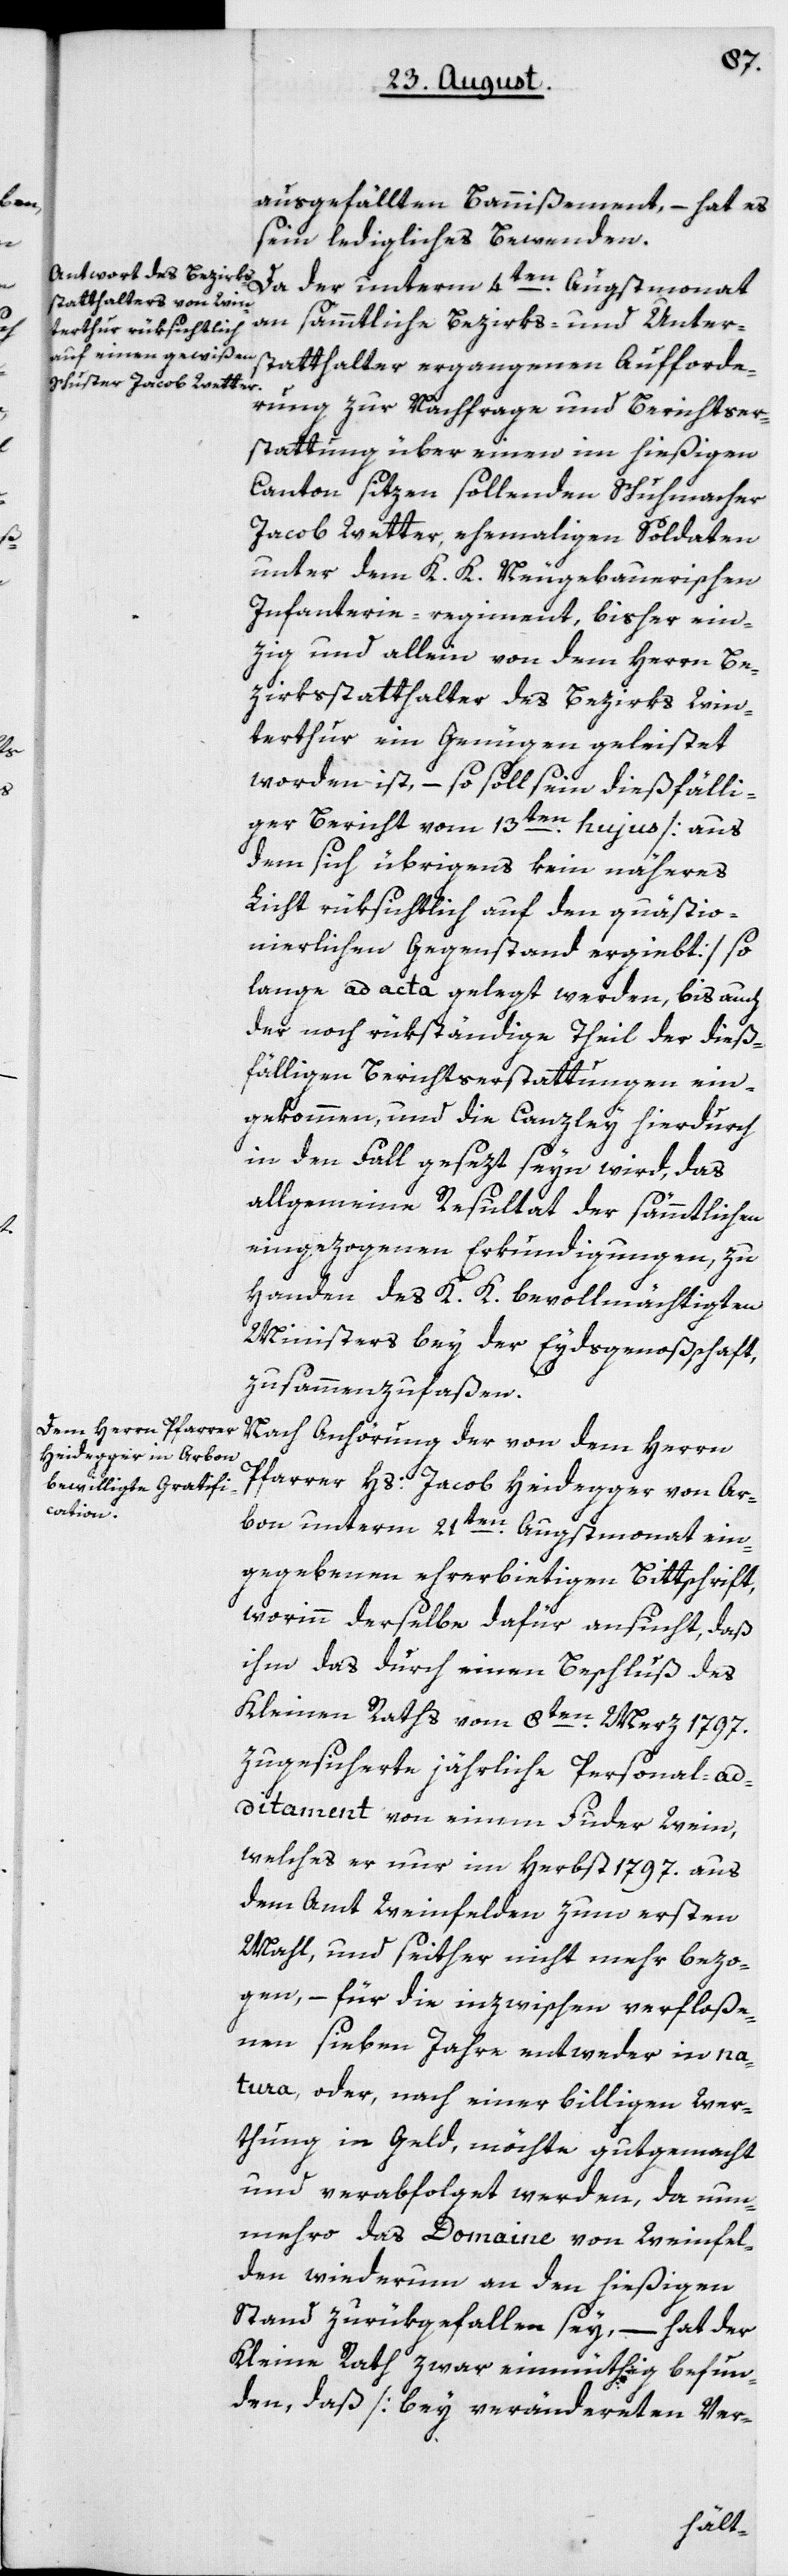
ausgefällten Bannißement, – hat es
sein ledigliches Bewenden.
n sämmtliche Bezirks- und Unter¬
statthalter ergangenen Aufforde¬
rung zur Nachfrage und Berichtser¬
stattung über einen im hießigen
Canton sitzen sollenden Schuhmacher
Jacob Wetter, ehemaligen Soldaten
unter dem K. K. Neugebauerischen
Infanterie-regiment, bisher ein¬
zig und allein von dem Herrn Be¬
zirksstatthalter des Bezirks Win¬
terthur ein Genügen geleistet
worden ist, – so soll sein dießfälli¬
ger Bericht vom 13ten hujus [aus
dem sich übrigens kein näheres
Licht rüksichtlich auf den quästio¬
nierlichen Gegenstand ergiebt], so
lange ad acta gelegt werden, bis auch
der noch rükständige Theil der dieß¬
fälligen Berichterstattungen ein¬
gekommen, und die Canzley hierdurch
in den Fall gesezt seyn wird, das
allgemeine Resultat der sämtlichen
eingezogenen Erkundigungen, zu
Handen des K. K. bevollmächtigten
Ministers bey der Eydsgenoßenschaft
zusammenzufaßen.
Nach Anhörung der von dem Herrn
Pfarrer Hs. Jacob Heidegger von Ar¬
bon unterm 21ten Augstmonat ein¬
gegebenen ehrerbietigen Bittschrift,
worinn derselbe dafür ansucht, daß
ihm das durch einen Beschluß des
Kleinen Raths vom 8ten Merz 1797
zugesicherte jährliche Personal-Ad¬
ditament von einem Fuder Wein,
welches er nur im Herbst 1797 aus
dem Amt Weinfelden zum ersten
Mahl, und seither nicht mehr bezo¬
gen, – für die inzwischen verfloß¬
nen sieben Jahre entweder in na¬
tura oder nach einer billigen Wer¬
thung in Geld, möchte gutgemacht
und verabfolget werden, da nun¬
mehro das Domaine von Weinfel¬
den wiederum an den hießigen
Stand zurükgefallen sey, – hat der
Kleine Rath zwar einmüthig befun¬
den, daß [bey verändereten Ver-